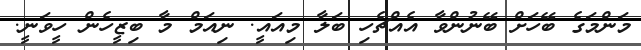
މަންމަގެ ބޭހަށް ބޭނުންވާ އެއްޗެހި ބަލާ މިއައީ. ނިއަމް މާ ބިޒީހެން ހީވަނީ.